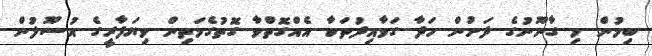
ބިމުން މި ގާނޫނުގެ ދަށުން ހަދާ ގަވާއިދުތަކާ އެއްގޮތްވާ ގޮތުގެމަތިން ވިޔަފާރީގެ އުސޫލުން